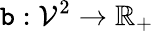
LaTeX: \mathtt{b}:\mathcal{{V}}^{2}\to\mathbb{{R}}_{+}